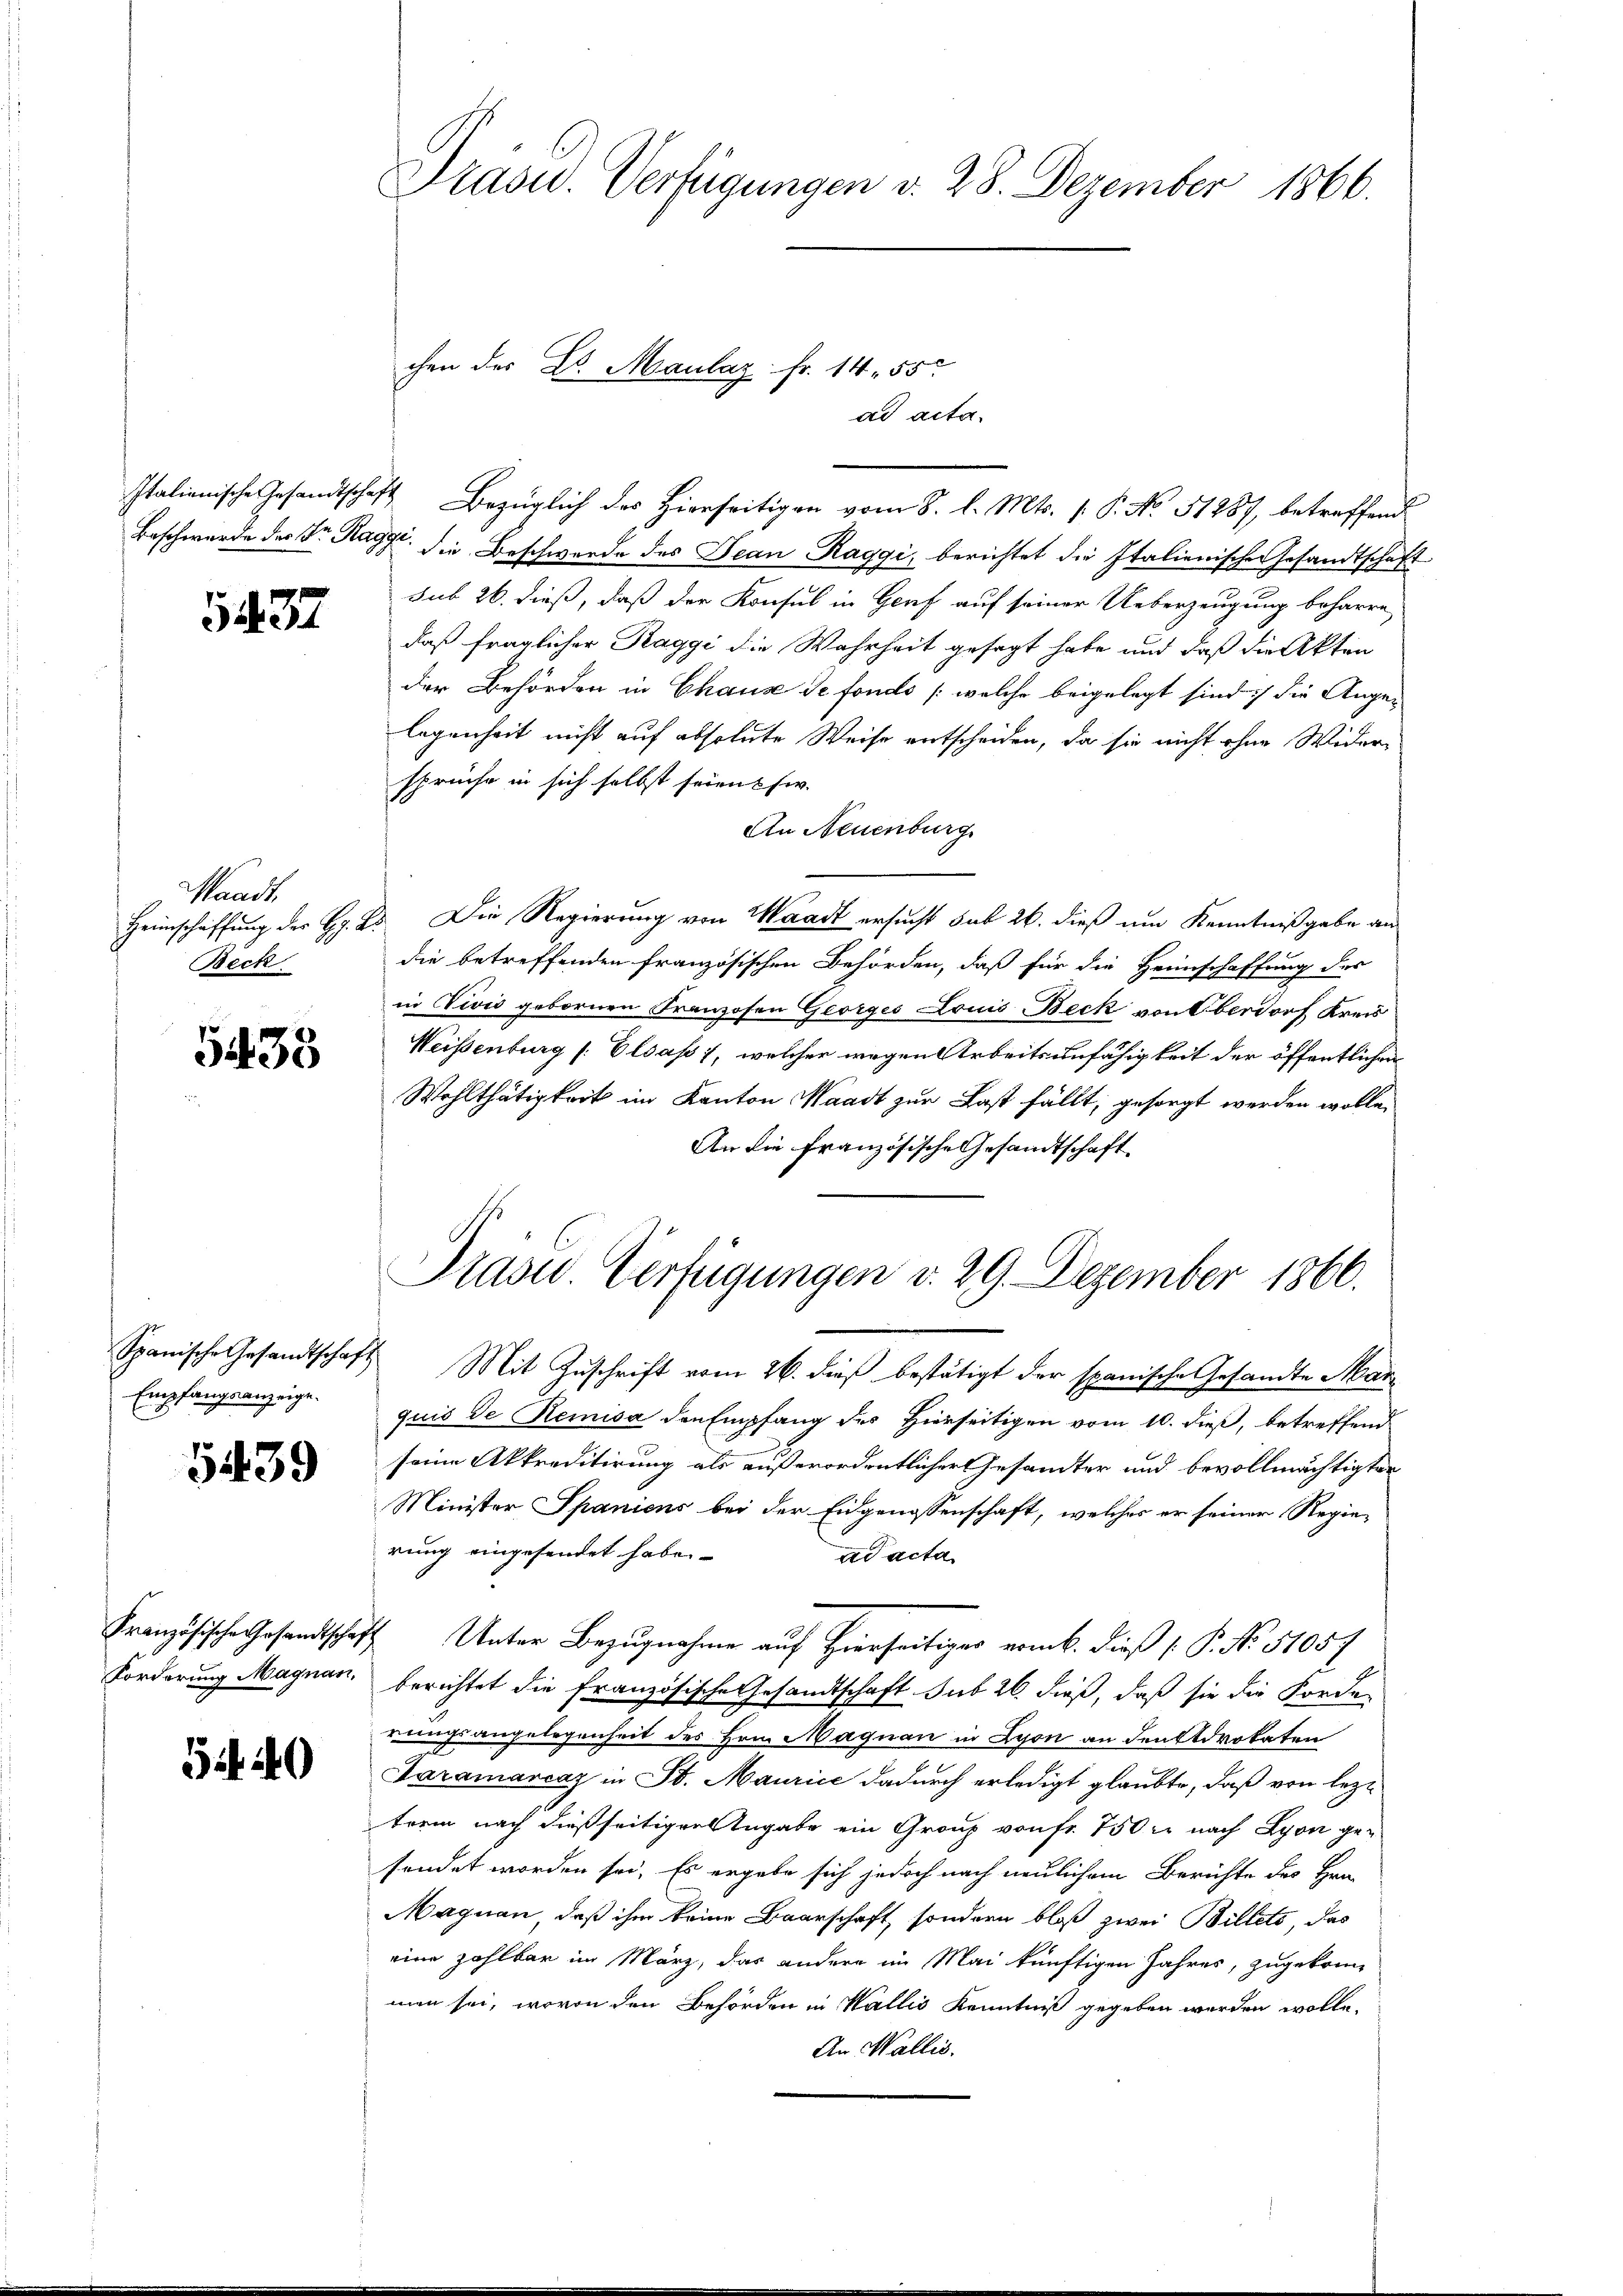
5437

Waadt,
Heimschaffung der H.
Beck

5433

Empfangsanzeige.

5439

Forderung Magnau,

54. 40

Präsid.. Verfügungen v. 28. Dezember 1866.

ad acta.
Italienische Gesandtschaft Bezüglich der Hierseitigen vom 8. l. Mts. 1. P. No. 51887, betreffend
Beschwerde der Dr. Haggr. die Beschwerde des Jean Raggi, berichtet die Italienischen Gesandtschaft
sub 26. dieß, daß der Konsul in Genf auf seiner Ueberzeugung beharre
daß fraglicher Raggi die Wahrheit gesagt habe und daß die Akten
der Behörden in Chause de fonds (welche beigelegt sind :/ die Ange-
legenheit nicht auf absolute Weise entscheiden, da sie nicht ohne Wider-
sprüche in sich selbst seien si
An Neuenburg
Es. Die Regierung von Waadt ersucht sub 26. dieß um Kenntnißgabe an
die betreffenden französischen Behörden, daß für die Heimschaffung des
in Zivić gebornen Franzosen Georges Louis Beck von Oberdorf Kreis
Weisenburg / Elsass, welcher wegen Arbeitsunfähigkeit der öffentlichen
Wohlthätigkeit im Kanton Waadt zur Last fällt, gesorgt werden wolle,
An die französische Gesandtschaft
Präsid.. Verfügungen d. 29. Dezember 1866.
Spanische Gesandtschaft Mit Zuschrift vom 26. dieß bestätigt der spanische Gesandte Marquis de Remisa den Empfang des Hierseitigen vom 10. dieß, betreffend
seine Akkreditirung als außerordentlicher Gesandter und bevollmächtigten
Minister Spaniens bei der Eidgenossenschaft, welches er seiner Regierung eingesendet habe.
ad acta
Französische Gesandtschaft Unter Bezugnahme auf Hierseitiges vom 6. dieß P. No. 51057
berichtet die Französische Gesandtschaft sub 26. dieß, daß sie die Forde-
rungsangelegenheit des Hrn. Maquan in Lyon an den Advokaten
Faramancaz in St. Maurice dadurch erledigt glaubte, daß von lezt
trem nach dießseitigen Angabe ein Granz von fr. 750 r. nach Lyon gefendet worden sei. Es ergebe sich jedoch nach neulichem Berichte des Hrn.
Magnen, daß ihm keine Baarschaft, sondern bloß zwei Billets, das
eine zahlbar im März, das andere im Mai künftigen Jahres, zugekommen sei, wovon den Behörden in Wallis Kenntniß gegeben werden wolle.
An Wallis.

chen des Dr. Maulag Fr. 1455.